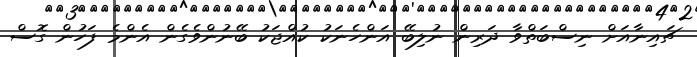
ޗައިނާއަށް ނިސްބަތްވާ ދަރިން ނުލިބޭ އަންހެނަކު ކުއްޖަކު ބޭނުންވެގެން އެންމެ ފަހުން ގޮސް